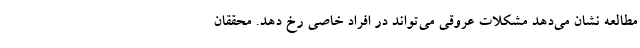
مطالعه نشان می‌دهد مشکلات عروقی می‌تواند در افراد خاصی رخ دهد. محققان